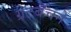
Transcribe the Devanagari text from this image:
ग्रेटबॅचने